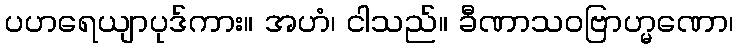
ပဟရေယျာပုဒ်ကား။ အဟံ၊ ငါသည်။ ခီဏာသဝဗြာဟ္မဏော၊